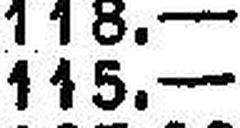
115.—